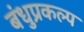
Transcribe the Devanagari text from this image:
बंधुप्रकल्प